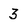
Character: 3